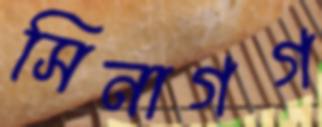
সিনাগগ